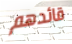
قائدهم